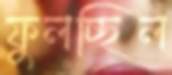
ফুলচ্ছিল